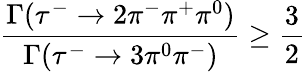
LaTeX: {\frac{\Gamma(\tau^{-}\to 2\pi^{-}\pi^{+}\pi^{0})}{\Gamma(\tau^{-}\to 3\pi^{0}\pi^{-})}}\ge{\frac{3}{2}}